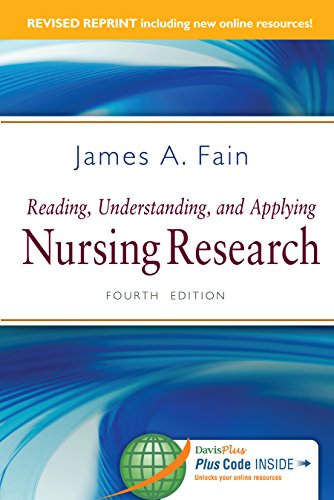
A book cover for Reading, Understanding, and Applying Nursing Research, Revised Reprint; James A. Fain PhD  RN  BC-ADM  FAAN; Medical Books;